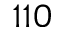
1 1 0